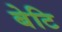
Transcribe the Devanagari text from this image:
बेटि